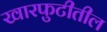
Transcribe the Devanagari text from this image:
खारफुटीतील